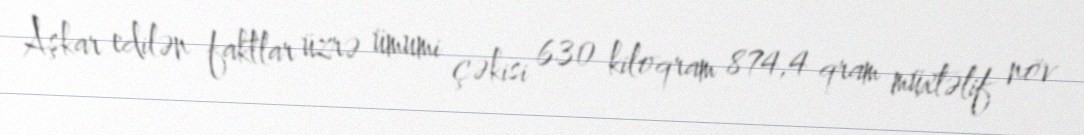
Aşkar edilən faktlar üzrə ümumi çəkisi 630 kiloqram 874,4 qram müxtəlif növ